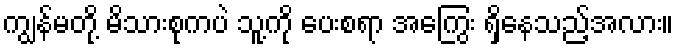
ကျွန်မတို့ မိသားစုကပဲ သူ့ကို ပေးစရာ အကြွေး ရှိနေသည့်အလား။